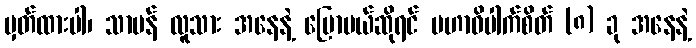
မှတ်ထားပါ၊ သာမန် လူသား အနေနဲ့ ပြောမယ်ဆိုရင် မဟာဝိပါက်စိတ် (၈) ခု အနေနဲ့